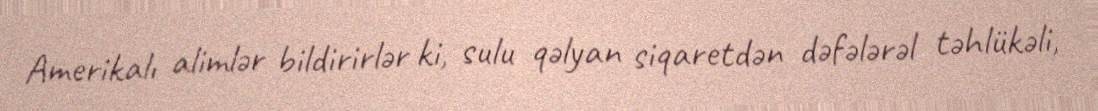
Amerikalı alimlər bildirirlər ki, sulu qəlyan siqaretdən dəfələrəl təhlükəli,